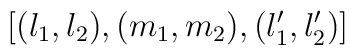
[(l_{1},l_{2}),(m_{1},m_{2}),(l'_{1},l'_{2})]